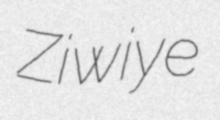
Ziwiye